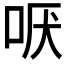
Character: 𫩫